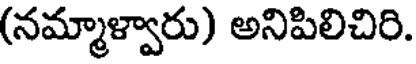
(నమ్మాళ్వారు) అనిపిలిచిరి.